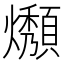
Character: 𤒟